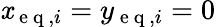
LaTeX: \mathit{x}_{\mathrm{{~e~q~}},i}=y_{\mathrm{{~e~q~}},i}=0